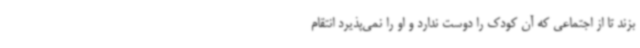
بزند تا از اجتماعی که آن کودک را دوست ندارد و او را نمی‌پذیرد انتقام